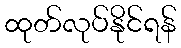
ထုတ်လုပ်နိုင်ရန်